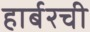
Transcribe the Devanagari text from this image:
हार्बरची